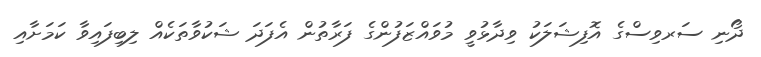
ދޯނި ސަރވިސްގެ އޮފިޝަލަކު ވިދާޅުވީ މުވައްޒަފުންގެ ފަރާތުން އެފަދަ ޝަކުވާތަކެއް ލިބިފައިވާ ކަމަށާއި